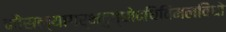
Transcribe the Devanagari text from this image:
कौसल्यागर्भदुग्धोदधिविमलविधो